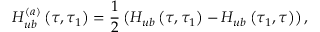
H _ { u b } ^ { ( a ) } \left( \tau , \tau _ { 1 } \right) = \frac { 1 } { 2 } \left( H _ { u b } \left( \tau , \tau _ { 1 } \right) - H _ { u b } \left( \tau _ { 1 } , \tau \right) \right) ,